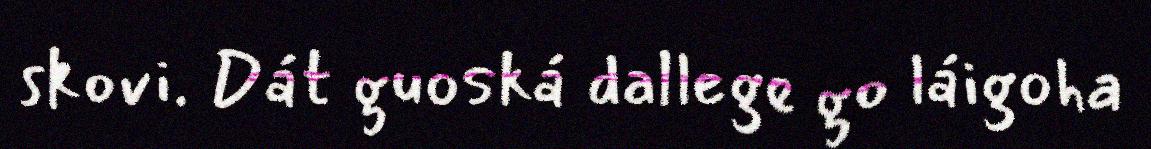
skovi. Dát guoská dallege go láigoha